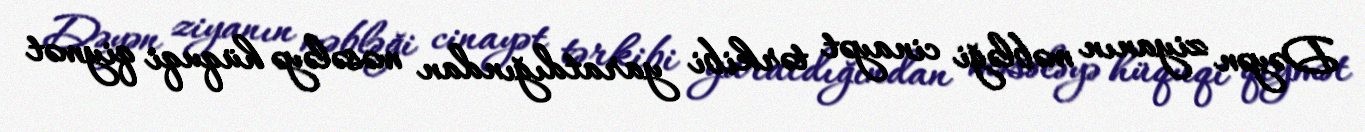
Dəyən ziyanın məbləği cinayət tərkibi yaratdığından məsələyə hüquqi qiymət